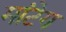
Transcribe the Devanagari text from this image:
मांटेग